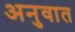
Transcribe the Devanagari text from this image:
अनुवात